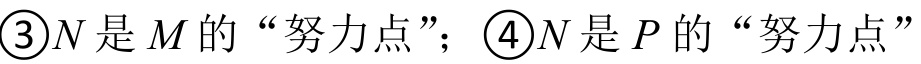
\textcircled{3}\(N\)是\(M\)的“努力点”；\textcircled{4}\(N\)是\(P\)的“努力点”